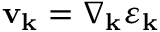
\mathbf { v } _ { \mathbf { k } } = \nabla _ { \mathbf { k } } \varepsilon _ { \mathbf { k } }